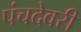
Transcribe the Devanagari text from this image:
पंचदेवरी